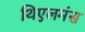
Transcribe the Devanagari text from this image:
थिएलमंस